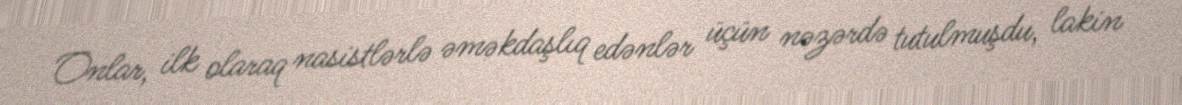
Onlar, ilk olaraq nasistlərlə əməkdaşlıq edənlər üçün nəzərdə tutulmuşdu, lakin